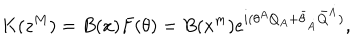
K ( z ^ { M } ) = B ( x ) F ( \theta ) = B ( x ^ { m } ) e ^ { i ( \theta ^ { A } Q _ { A } + \bar { \theta } _ { \dot { A } } \bar { Q } ^ { \dot { A } } ) } ,